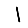
Digit: 1